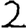
Digit: 2